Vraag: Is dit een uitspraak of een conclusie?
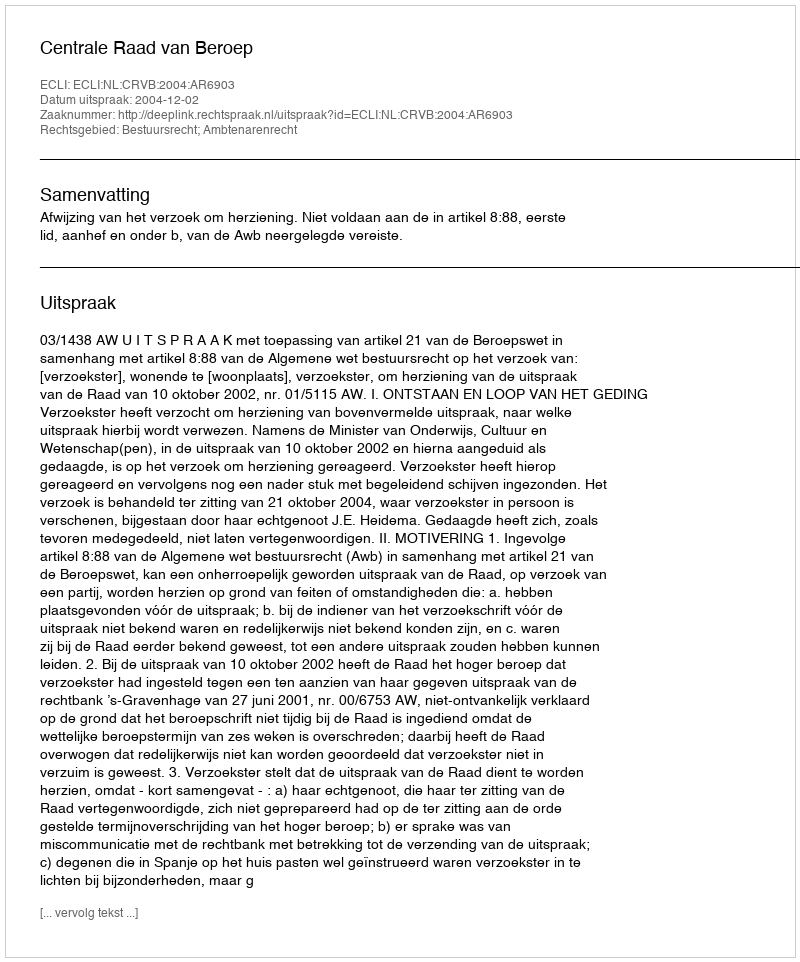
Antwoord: Uitspraak